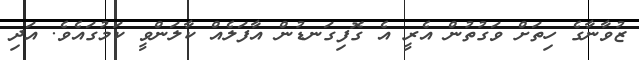
ޒުވާނާގެ ހިތަށް ވަގުތުން އެރީ އެ ގޮފިގަނޑުން އާފަލެއް ކާލަންވީ ކަމުގައެވެ. އަދި